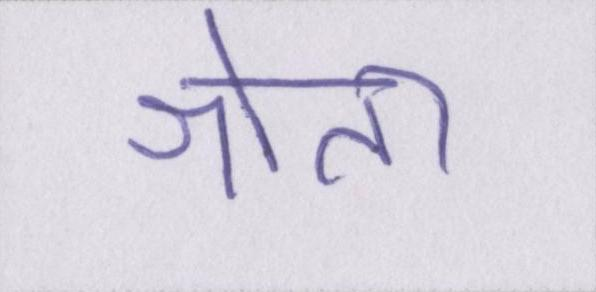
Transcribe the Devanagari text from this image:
श्रोता